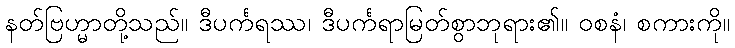
နတ်ဗြဟ္မာတို့သည်။ ဒီပင်္ကရဿ၊ ဒီပင်္ကရာမြတ်စွာဘုရား၏။ ဝစနံ၊ စကားကို။